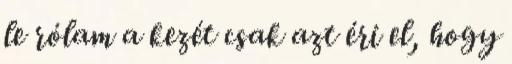
le rólam a kezét csak azt éri el, hogy